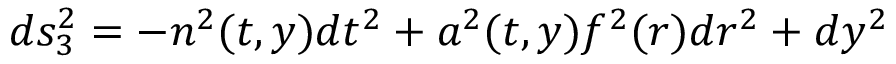
d s _ { 3 } ^ { 2 } = - n ^ { 2 } ( t , y ) d t ^ { 2 } + a ^ { 2 } ( t , y ) f ^ { 2 } ( r ) d r ^ { 2 } + d y ^ { 2 }